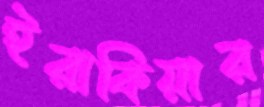
ইরাকিয়ার